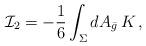
LaTeX: \begin{align*}{\mathcal I}_2 =-\frac16 \int_\Sigma dA_{\bar g}\, K \, ,\end{align*}